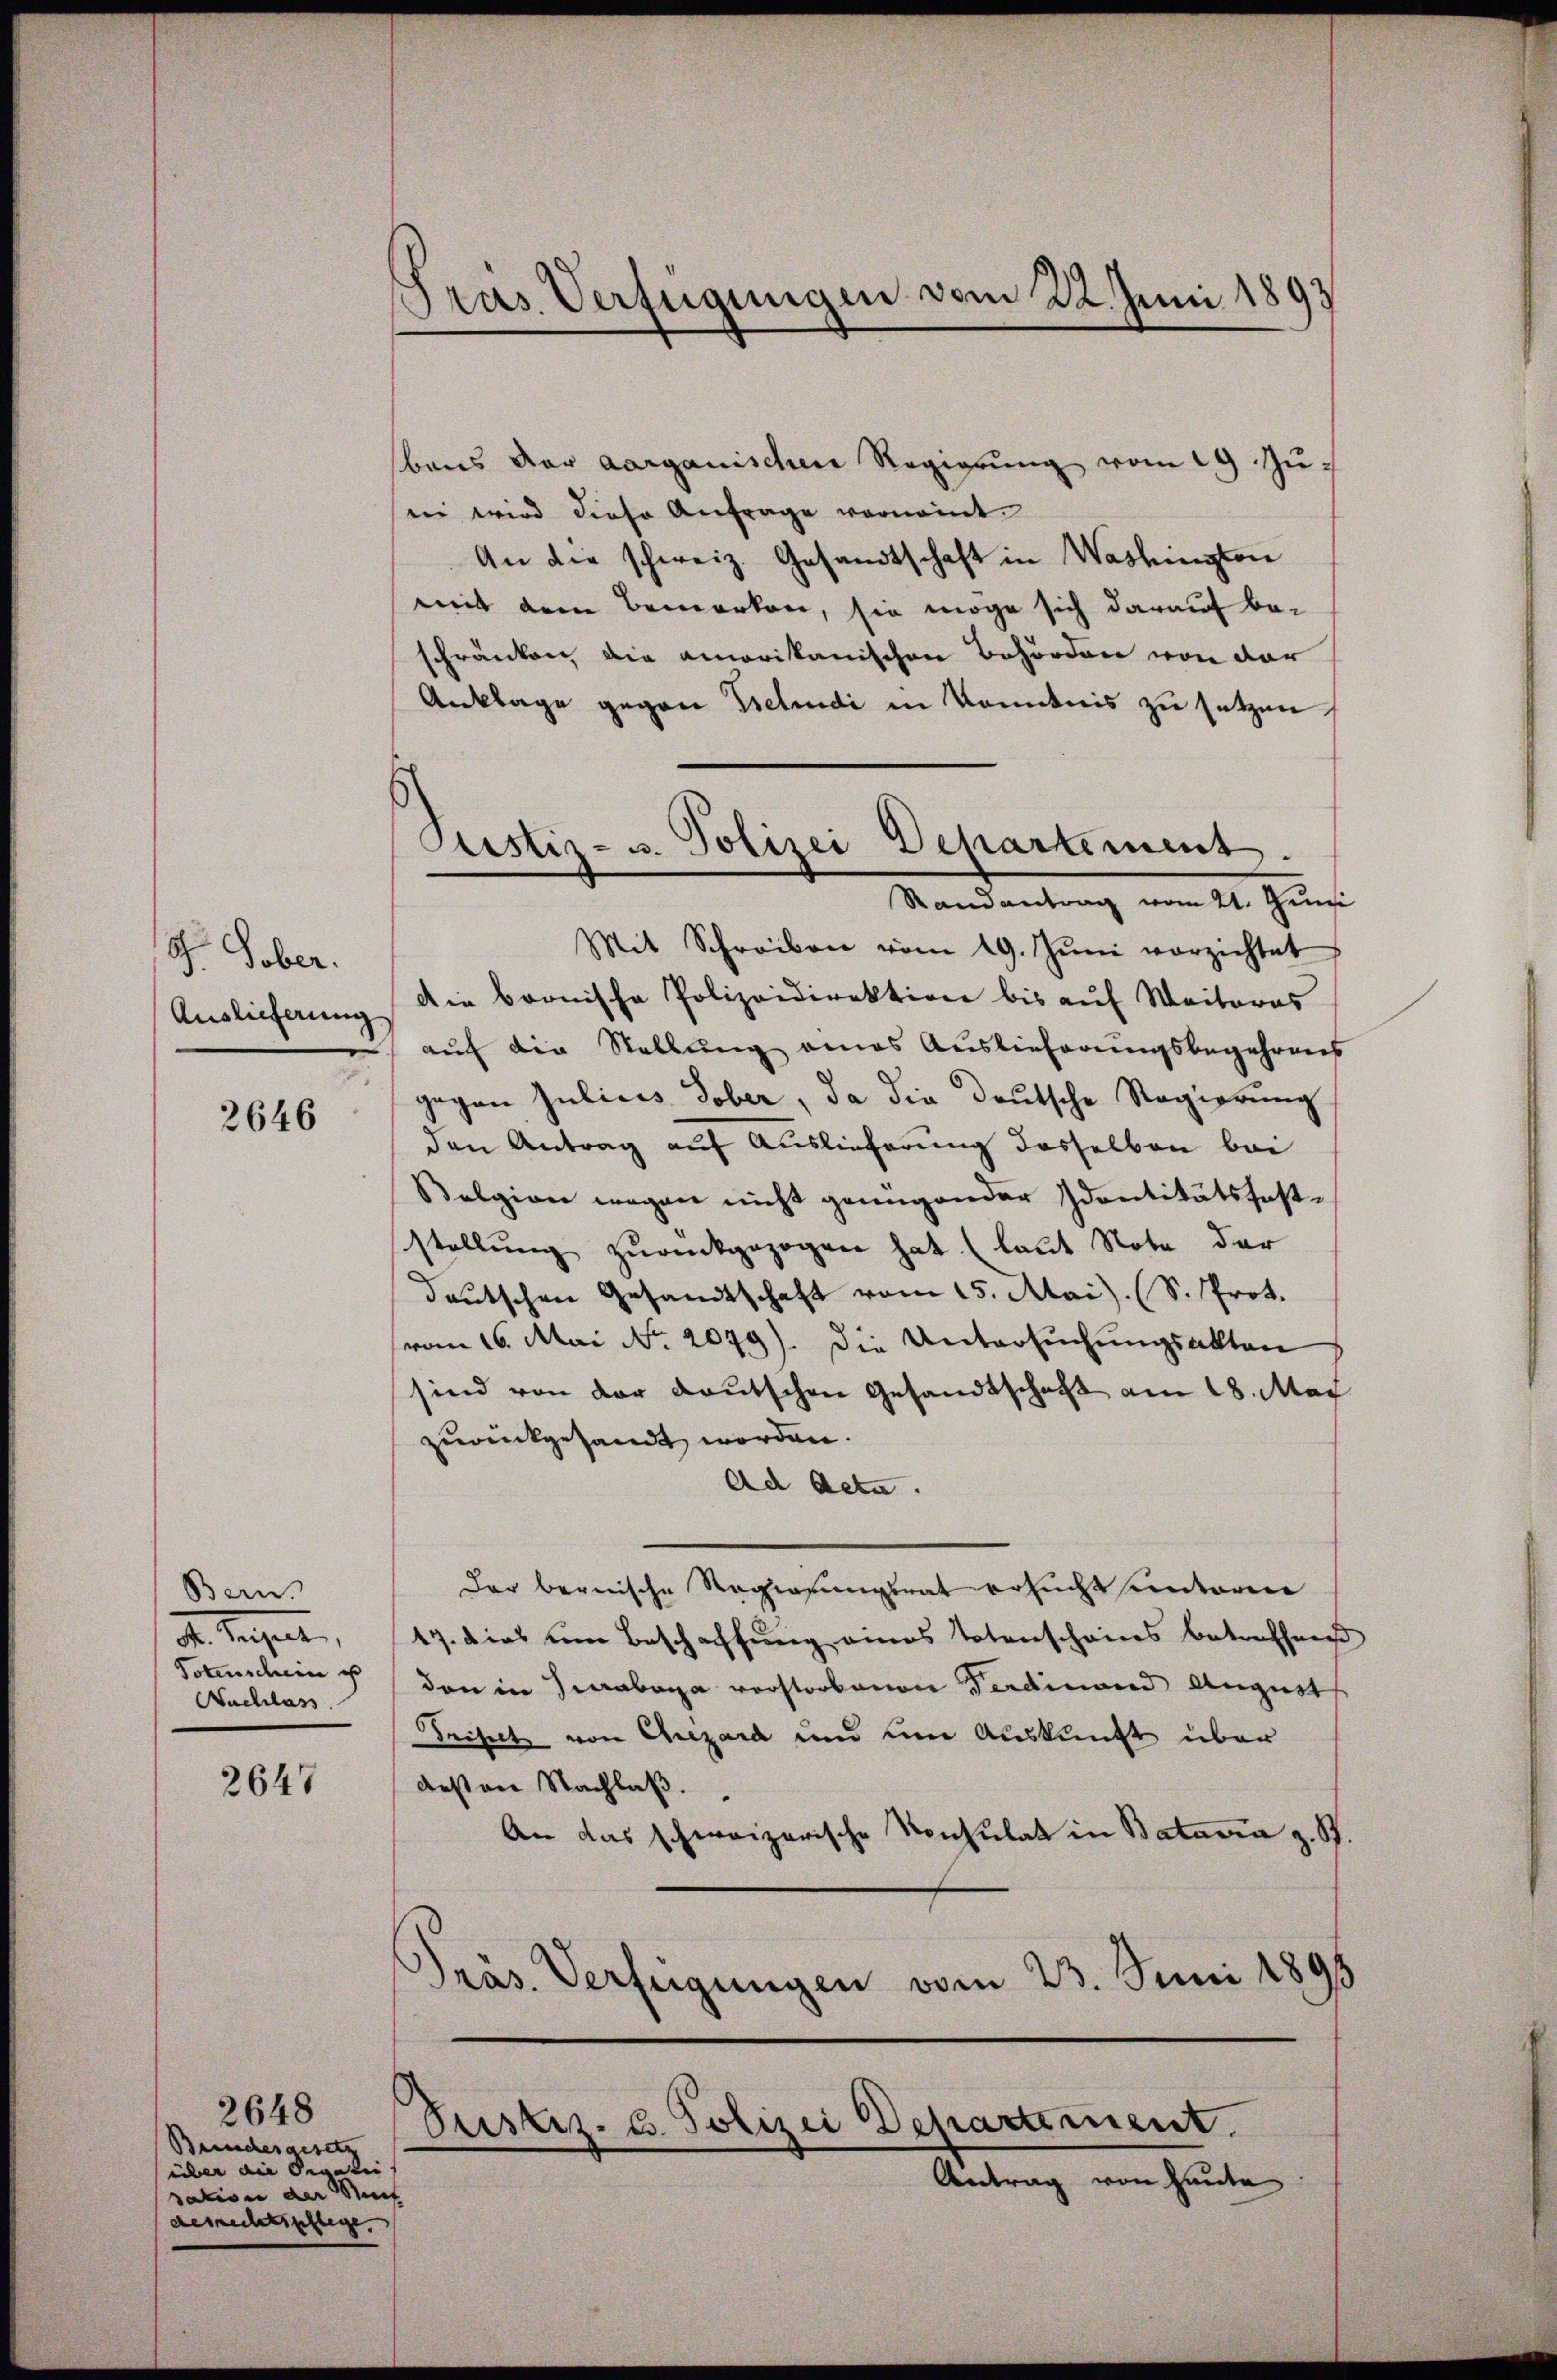
S. Tober.
Auslieferung

2646

Bern.
dr. Regelt,
Totenschein u
Nachlass

2647

2648
Beinches gesetz
über die Segali
sation der Nach
desrechtspflege.

Pras Verfügungen vom 22. Juni 1893

Justiz- u. Polizei Departement.
Randantrag vom 21. Juni

baus der aarganischen Regierung vom 19. Juei wird diese Anfrage vornamt.
An die schweiz. Gesandtschaft in Washington
mit dem Bemerken, sie möge sich darauf be-
schränken die amorikanischen Behörden von der
Anklage gegen Petendi in Kenntnis zu setzen,
Mit Schreiben vom 19. Jŭni vorzichtet
Die bronische Polizeidirektion bis auf Weiteres
auf die Stellung eines Auslieferungsbegehrens
gegen Jubicis Tober, da die deutsche Regierung
den Antrag auf Auslieferung dasselben bei
Belgion wegen nicht genügender Identitätsfest-
stellung zurückgezogen hat. (laut Note der
deutschen Gesandtschaft vom 15. Mai). (S. Prot.
vom 16. Mai No 2079). Die Untersuchungsakten
sind von der deutschen Gesandtschaft am 18. Mai
zurückgesandt worden
Ad Acta.
der bernische Regierungsrat ersucht unteren
17. dies um Beschaffung eines Totenscheins betreffend
don in Jurabona vorstorbenen Ferdinand August
Trisch von Czard und eine Auskunft über
deßen Nachlaß.
An das schweizerische Konsulat in Bataria z. B.
Pras. Verfügungen vom 23. Juni 1891
Justiz- u. Polizei Departement.
Antrag von heute